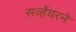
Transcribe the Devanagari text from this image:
सर्व्हेयरने